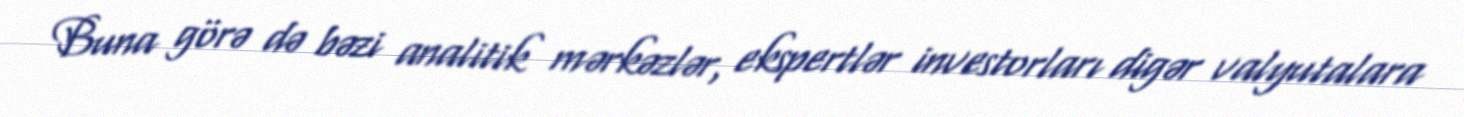
Buna görə də bəzi analitik mərkəzlər, ekspertlər investorları digər valyutalara